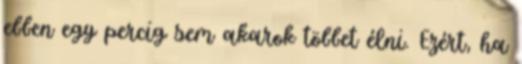
ebben egy percig sem akarok többet élni. Ezért, ha